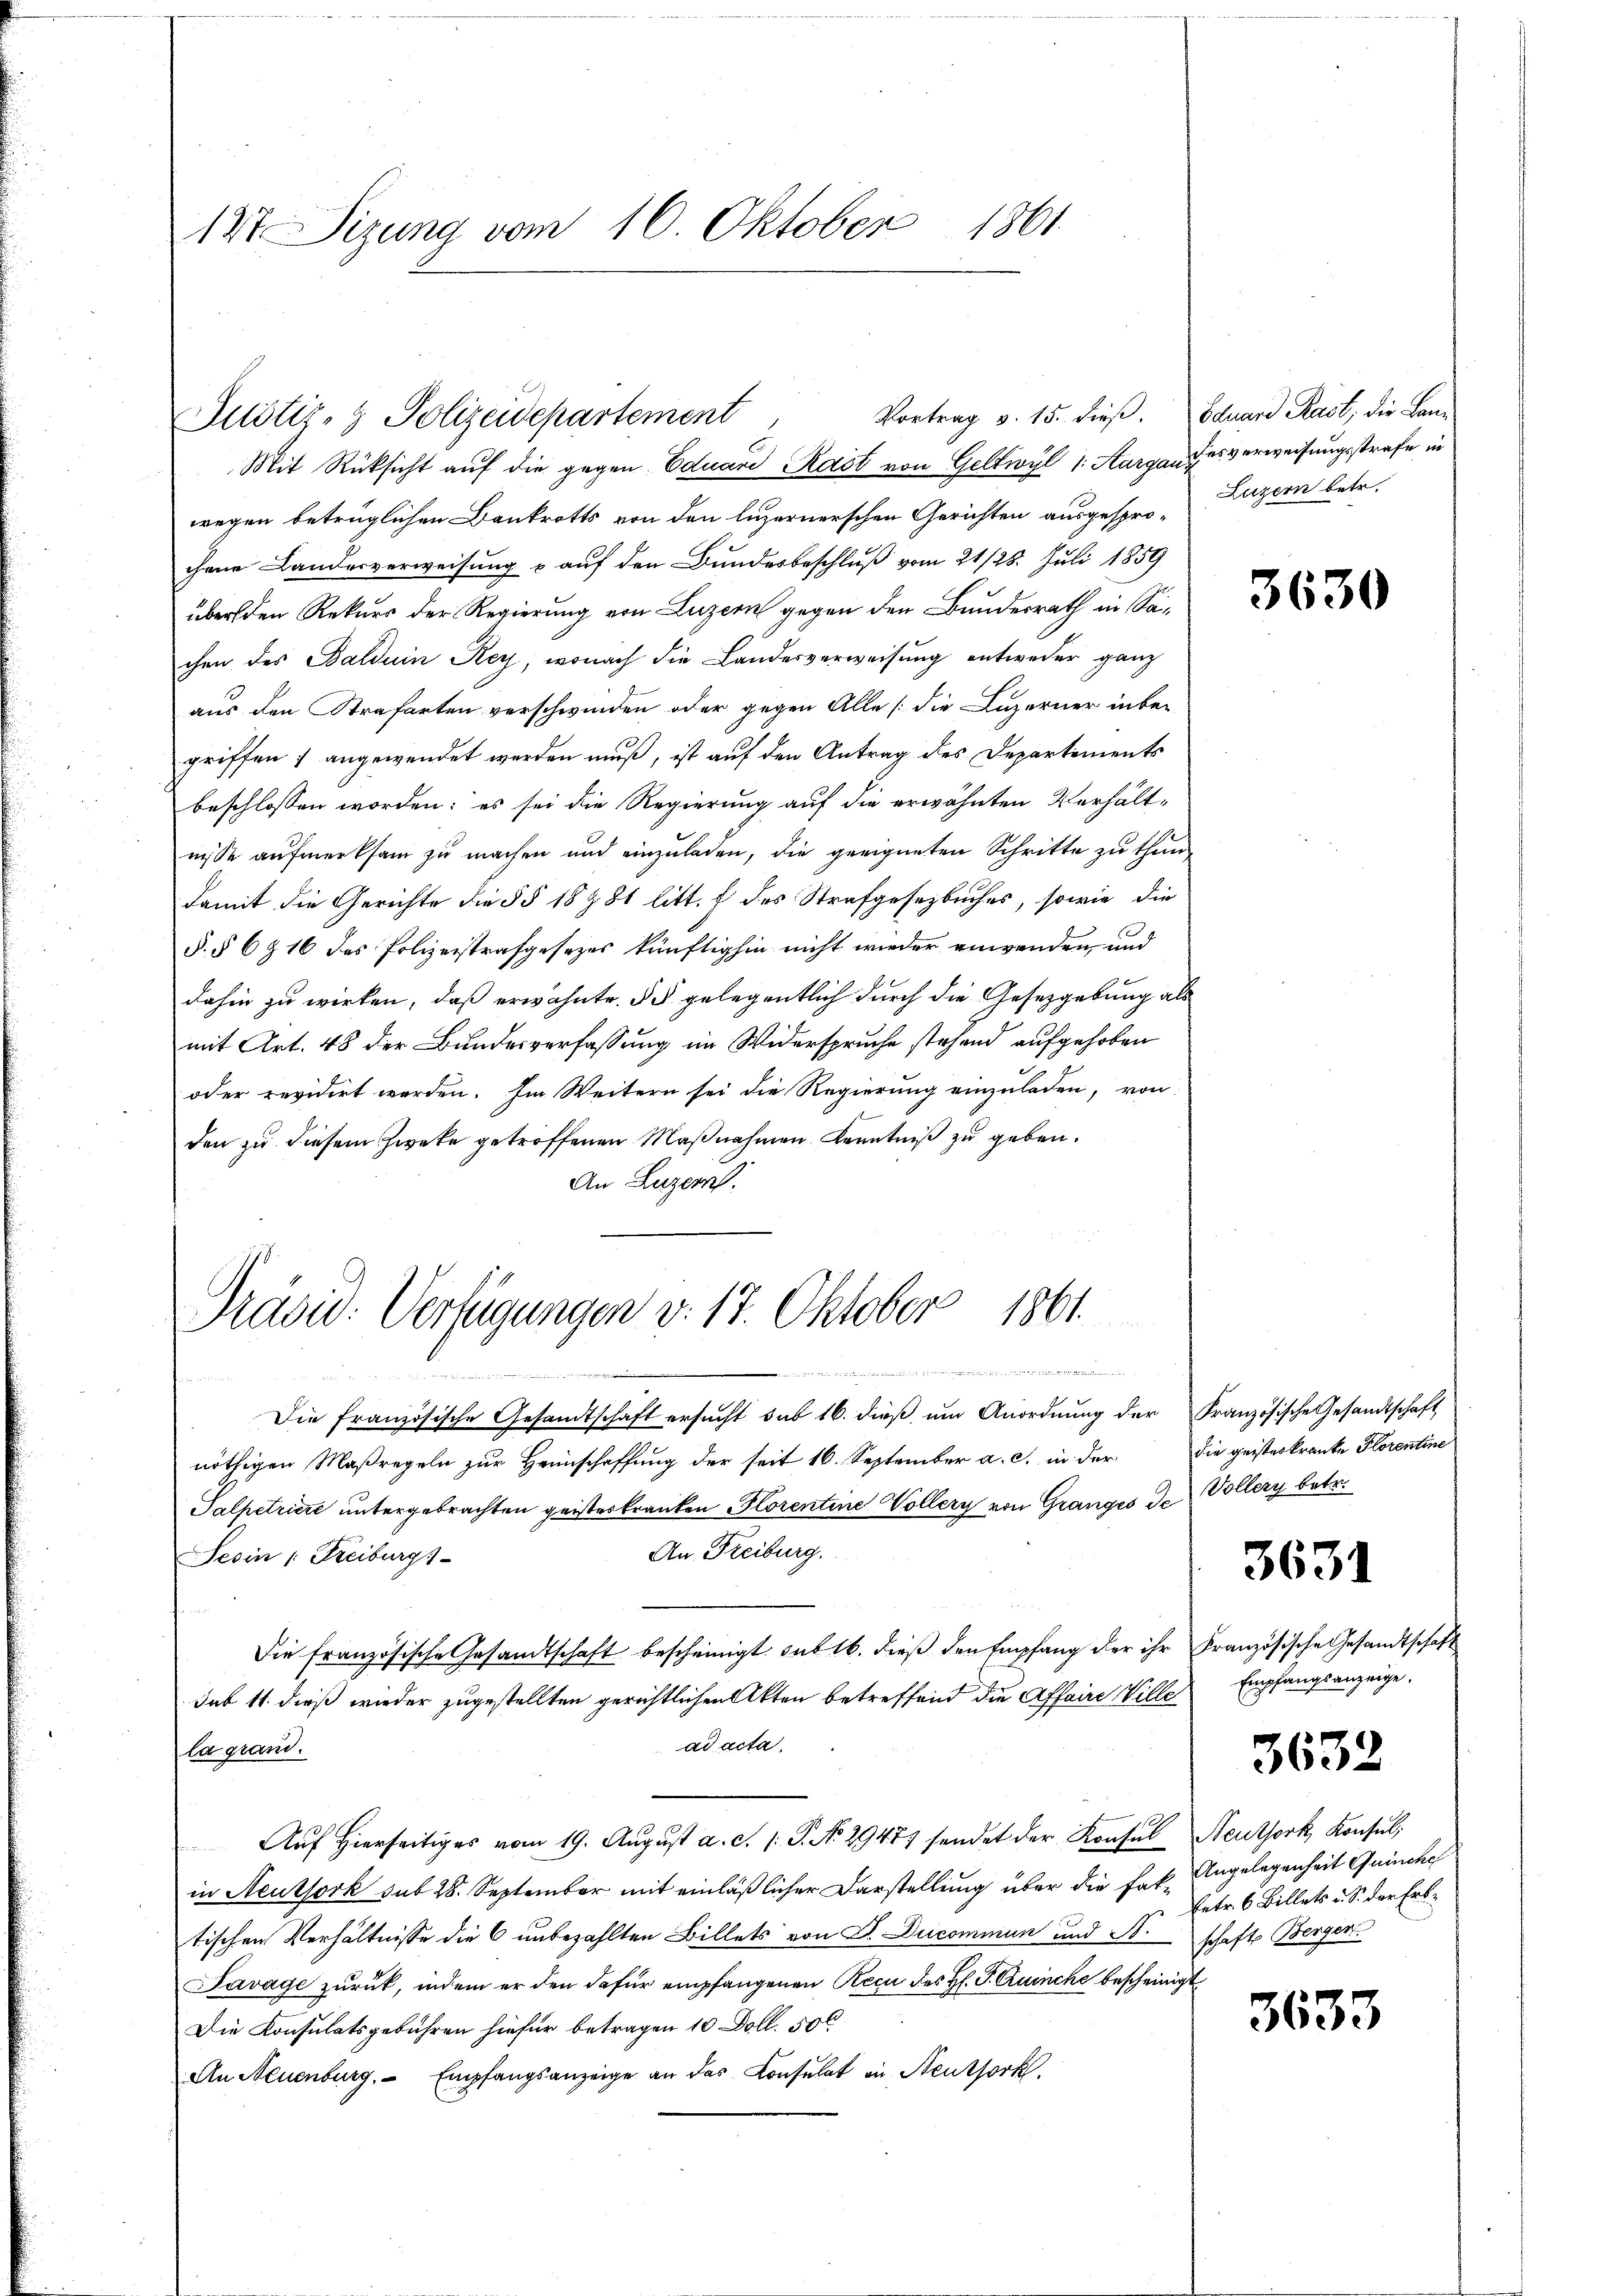
147 Sizung vom 16. Oktober 1861.

Vortrag v. 15. dieß. Eduard Rast, die Lani
wegen betrüglichen Bankrotts von den luzernerschen Gerichten ausgesprochene Landerverweisung & auf den Bundesbeschluß vom 21/28. Juli 1859
über den Rekurs der Regierung von Luzern gegen den Bundesrath in Sachen des Balduin Rey, wonach die Landesverweisung entweder ganz
aus den Strafarten verschwinden oder gegen Alle (die Luzerner in begriffen) angewendet werden muß, ist auf den Antrag des Departements
beschlossen worden; es sei die Regierung auf die erwähnten Verhält-
nisse aufmerksam zu machen und einzuladen, die geeigneten Schritte zu thun
damit die Gerichte die §§ 18 281 litt. f des Strafgesezbuches, sowie die
§. § 6 § 16 des Polizeistrafgesezes künftighin nicht wieder anwenden und
dahin zu wirken, daß erwähnte. § 5 gelegentlich durch die Gesetzgebung als
mit Art. 48 der Bundesverfassung im Widerspruche stehend aufgehoben
oder revidirt werden. Im Weitern sei die Regierung einzuladen, von
den zu diesem Zwecke getroffenen Maßnahmen Kenntniß zu geben.
An Luzern.
iin
t
Die französische Gesandtschaft ersucht sub 16. dieß, um Anordnung der Französische Gesandtschaft
nöthigen Maßregeln zur Heinschaffung der seit 16. September a. c. in der
Salpetriere untergebrachten geisteskranken Florentine Vollery von Granges de
An Freiburg.
Sesin " Freiburgs-
Die französische Gesandtschaft bescheinigt sub 16. dieß den Empfang der ihr Französische Gesandtschaft
sub 11. dieß wieder zugestellten gerichtlichen Akten betreffend die Affaire Wille
ad acta.
la mand.
Auf hierseitiges vom 19. Aŭgŭst a. c. s. S. No 29477 sendet der Konsul Neuthork, Konsul
in Neuthork sub 28. September mit einläßlicher Darstellung über die faktischen Verhältnisse die 6 unbezahlten Billets von D. Ducommun und N.schaft Bergen.
Pavage zurück, indem er den dafür empfangenen Recu des H. P. Quinche bescheinigt
Die Konsulatsgebühren hiefür betragen 10 Doll. 500
An Neuenburg. Empfangsanzeige an das Consulat in Neuthork

Justiz- & Polizeidepartement
Mit Rücksicht auf die gegen Eduard Rast von Geltwyl 1: Aargau des verweisungsstrafe in

Prasid: Verfügungen v. 17. Oktober 1861.

Luzern betr.

3630

die geisterkranke Florentine
Vollery betr.
3631
Empfangsanzeige.

3632

Angelegenheit Quinche
Entr. 6 Billets u. S. der Erb¬

3633